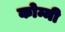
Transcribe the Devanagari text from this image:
कोम्मी